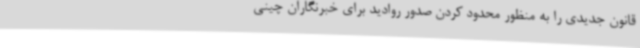
قانون جدیدی را به منظور محدود کردن صدور روادید برای خبرنگاران چینی